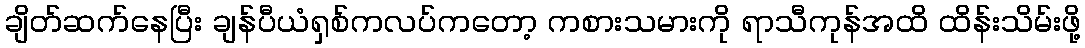
ချိတ်ဆက်နေပြီး ချန်ပီယံရှစ်ကလပ်ကတော့ ကစားသမားကို ရာသီကုန်အထိ ထိန်းသိမ်းဖို့